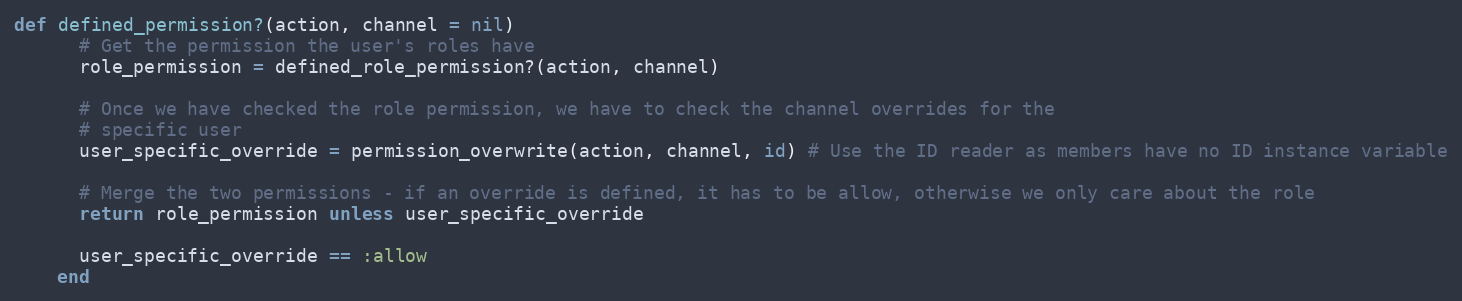
Language: Ruby
def defined_permission?(action, channel = nil)
      # Get the permission the user's roles have
      role_permission = defined_role_permission?(action, channel)

      # Once we have checked the role permission, we have to check the channel overrides for the
      # specific user
      user_specific_override = permission_overwrite(action, channel, id) # Use the ID reader as members have no ID instance variable

      # Merge the two permissions - if an override is defined, it has to be allow, otherwise we only care about the role
      return role_permission unless user_specific_override

      user_specific_override == :allow
    end